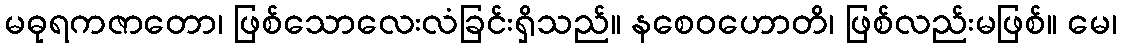
မဓုရကဇာတော၊ ဖြစ်သောလေးလံခြင်းရှိသည်။ နစေဝဟောတိ၊ ဖြစ်လည်းမဖြစ်။ မေ၊